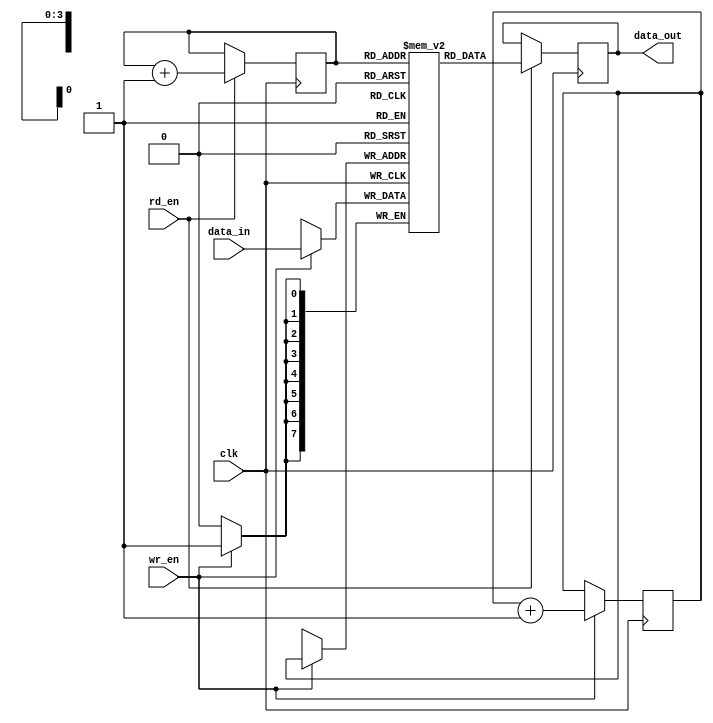
module async_fifo
(
 input clk,
 input wr_en,
 input rd_en,
 input [7:0] data_in,
 output reg [7:0] data_out
);

reg [7:0] memory [0:15];
reg [3:0] rd_ptr;
reg [3:0] wr_ptr;

always @(posedge clk) begin
 if (wr_en) begin
   memory[wr_ptr] <= data_in;
   wr_ptr <= wr_ptr + 1;
 end

 if (rd_en) begin
   data_out <= memory[rd_ptr];
   rd_ptr <= rd_ptr + 1;
 end
end

endmodule